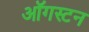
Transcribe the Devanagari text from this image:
ऑगस्टन